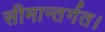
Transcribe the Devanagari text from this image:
सीमान्तर्गत।